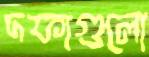
দফাগুলো